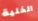
الخلية